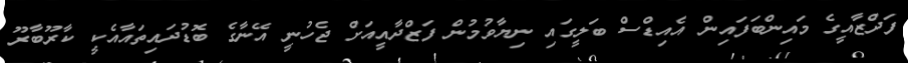
ފަދްޒާއީގެ މައިންބަފައިން އެއިޑްސް ބަލީގައި ނިޔާވުމުން ފަޒްދާއީއަށް ޖެހުނީ އޭނާގެ ބޮޑުދައިތައާއެކީ ކާރޫބާރޫ